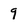
Character: 9